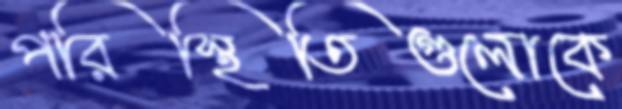
পরিস্থিতিগুলোকে